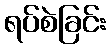
ရပ်စဲခြင်း